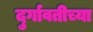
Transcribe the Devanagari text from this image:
दुर्गावतीच्या